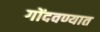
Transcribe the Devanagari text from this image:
गोंदवण्यात